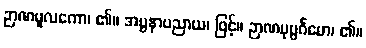
ဉာဏမူလကော၊ ၏။ အပ္ပနာပညာယ၊ ဖြင့်။ ဉာဏပုပ္ပင်္ဂမော၊ ၏။